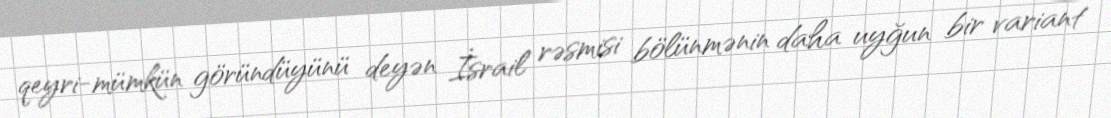
qeyri-mümkün göründüyünü deyən İsrail rəsmisi bölünmənin daha uyğun bir variant